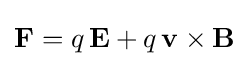
\mathbf {F} =q\,\mathbf {E} +q\,\mathbf {v} \times \mathbf {B}